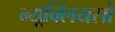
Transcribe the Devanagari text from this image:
न्यूक्लियसो